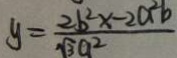
y = \frac { 2 b ^ { 2 } x - 2 a ^ { 2 } b } { \sqrt { 3 } a ^ { 2 } }